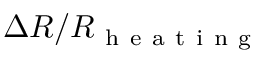
\Delta R / R _ { \mathrm { ~ h ~ e ~ a ~ t ~ i ~ n ~ g ~ } }